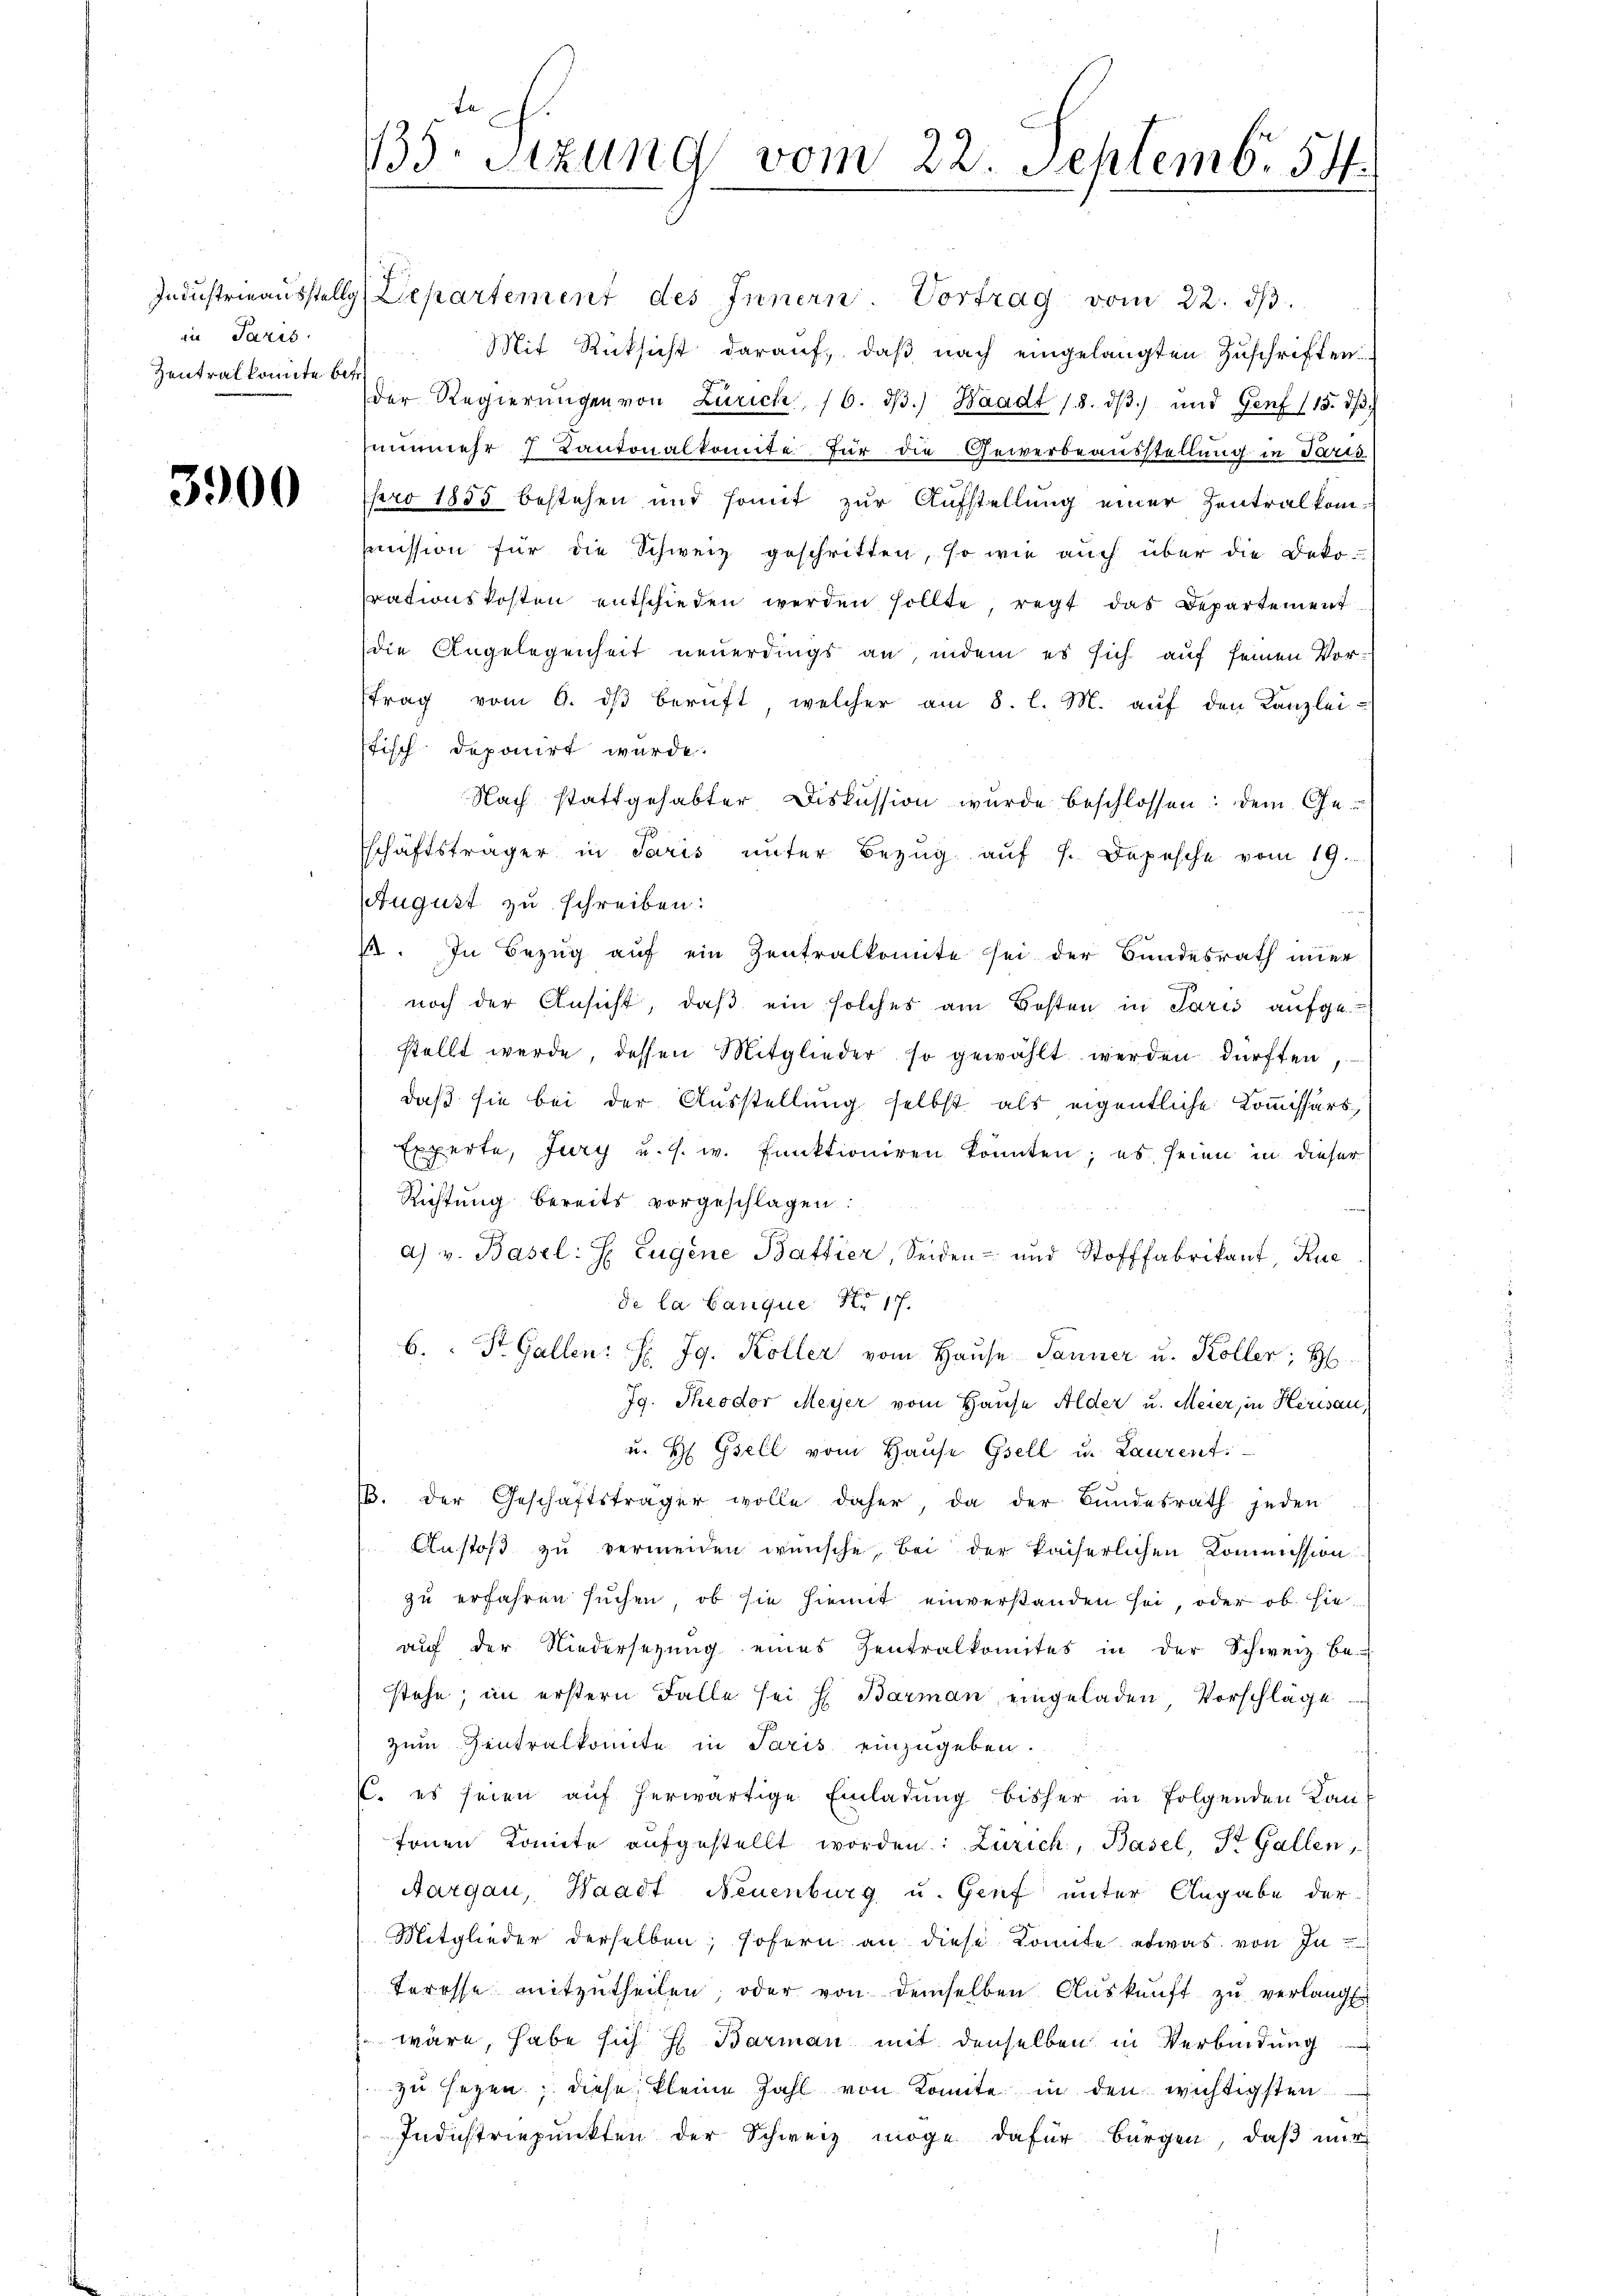
in Paris
Zentrat konnte betr.

3900

135. Sitzung vom 22. Septemb. 5.
e

Industrieausstellg (Departement des Innern. Vortrag vom 22. dβ.
Mit Rücksicht darauf, daß nach eingelangten Zuschriften.
der Regierŭngen von Zürich 16. dβ.) Waadt 18. dβ.) und Genf (15. dβ.
nunmehr 7 Kantonalkomite für die Gewerbeausstellung in Paris
pro 1855 bestehen und somit zur Aufstellung einer Zentralkommmission für die Schweiz geschritten, so wie auch über die Deko-
rationskosten entschieden werden sollte, regt das Departement
die Angelegenheit neuerdings an, indem es sich auf seinen Vortrag vom 6. dβ berŭft, welcher am 8. l. M. aŭf den Kanzlei-
stisch deponirt wurde.
Nach stattgehabter Diskussion wurde beschlossen: dem Ge-
schäftsträger in Paris unter Bezug auf 1. Depesche vom 19.
AAugust zu schreiben:
1. In Bezug auf ein Zentralkomite sei der Bundesrath imer
7
noch der Ansicht, daβ ein solches am Kosten in Paris aufge-
stellt werde, dessen Mitglieder so gewählt werden dürften,
daß sie bei der Ausstellung selbst als eigentliche Kommissärs,
Experte, Jury u. s. w. Funktioniren konnten; es seien in dieser
Richtung bereits vorgeschlagen:
a) v. Basel: H. Eugene Battier, Seiden- und Stofffabrikant, Ruc
de la Banque Nr 17.
b. St. Gallen: H: Jg. Koller vom Haŭse Tanner u. Koller; H
Ig. Theodor Meyer vom Hause Alder u. Meier, in Herisau,
u. H Gsell vom Hause Gsell u. Laurent
13. der Geschäftsträger wolle daher, da der Bŭndesrath jeden
Anstoß zu vermeiden wünsche, bei der kaiserlichen Kommission
zu erfahren suchen, ob sie hiemit einverstanden sei, oder ob hieaŭf der Niedersetzŭng eines Zentralkomites in der Schweiz be-
stehe; im erstern Falle sei H. Barman eingeladen Vorschläge
zum Zentralkomite in Paris einzugeben.
K. es seien auf herwärtige Einladung bisher in folgenden Lan
Ernen Konte aufgestellt worden: Zürich, Basel, St. Gallen,
Aargau, Waadt, Neuenburg u. Genf unter Angabe der
Mitglieder derselben; sofern an diese Komite etwas von Interesse mitzutheilen oder von demselben Auskunft zu verlangt
wäre, habe sich H Barman mit denselben in Verbindung
zu seyen; diese kleine Zahl von Komite in den wichtigsten
Industriepunkten der Schweiz möge dafür bürgen, daß mir